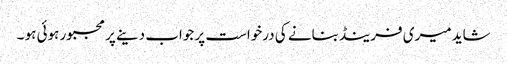
شاید میری فرینڈبنانے کی درخواست پر جواب دینے پر مجبور ہوئی ہو ۔